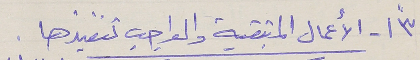
٣"\ - الأعمال المتبقية والواجب تنفيذها .